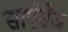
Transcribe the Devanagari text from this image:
साएंसेज